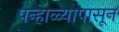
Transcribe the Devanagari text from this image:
पन्हाळ्यापासून